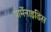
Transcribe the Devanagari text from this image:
पार्मेनाइडिस